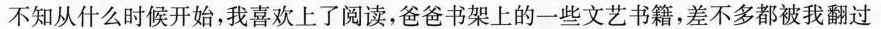
不知从什么时候开始，我喜欢上了阅读，爸爸书架上的一些文艺书籍，差不多都被我翻过